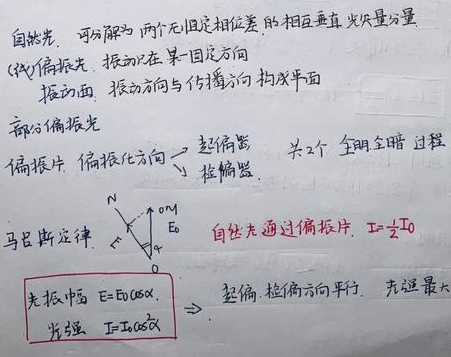
自然光，可分解为两个无固定相位差的相互垂直光矢量分量（线）偏振光，振动在某一固定方向。
振动面：振动方向与传播方向构成平面。

部分偏振光。
偏振片：偏振化方向 \(\rightarrow\) 起偏器、检偏器 。转动其中 2 个偏振片，会出现全明全暗过程。

马吕斯定律：自然光通过偏振片，\(I = \frac{1}{2}I_0\)。光振幅 \(E = E_0\cos\alpha\)，光强 \(I = I_0\cos^{2}\alpha\)。起偏、检偏方向平行时，光强最大。